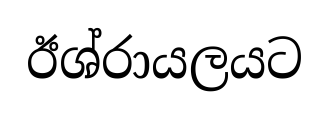
ඊශ්රායලයට